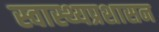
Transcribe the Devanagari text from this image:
स्वास्थ्यप्रशासन